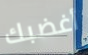
أغضبك